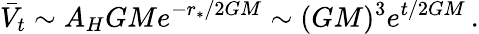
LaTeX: \bar{V}_{t}\sim A_{H}GMe^{-r_{*}/2GM}\sim(GM)^{3}e^{t/2GM}\, .